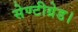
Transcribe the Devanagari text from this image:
सेण्टीग्रेड।